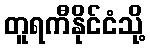
တူရကီနိုင်ငံသို့